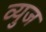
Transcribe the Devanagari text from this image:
व्युज